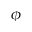
\phi